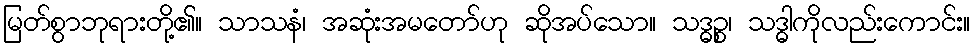
မြတ်စွာဘုရားတို့၏။ သာသနံ၊ အဆုံးအမတော်ဟု ဆိုအပ်သော။ သဒ္ဓဉ္စ၊ သဒ္ဓါကိုလည်းကောင်း။